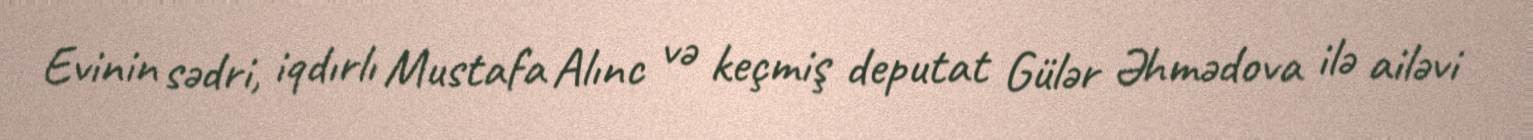
Evinin sədri, iqdırlı Mustafa Alınc və keçmiş deputat Gülər Əhmədova ilə ailəvi